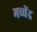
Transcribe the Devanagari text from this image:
मच्चेंद्र